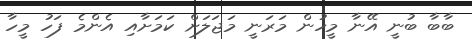
ބާބާ ބުނީ އޭނާ މީހުން މަރަނީ މަޖަލަށް ކަމަށާއި އެންމެ ފަހު މީހާ